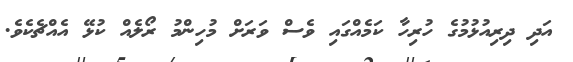
އަދި ދިރިއުޅުމުގެ ހުރިހާ ކަމެއްގައި ވެސް ވަރަށް މުހިންމު ރޯލެއް ކުޅޭ އެއްޗެކެވެ.